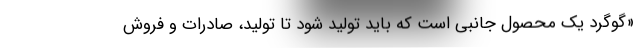
«گوگرد یک محصول جانبی است که باید تولید شود تا تولید، صادرات و فروش